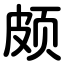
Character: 颇